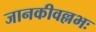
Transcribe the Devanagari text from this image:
जानकीवल्लभः